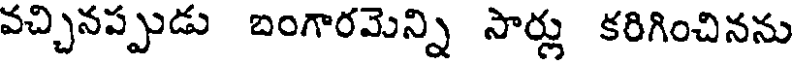
వచ్చినప్పుడు బంగారమెన్ని సార్లు కరిగించినను